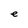
Character: e